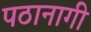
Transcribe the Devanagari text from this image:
पठानागी